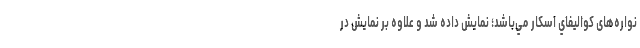
نواره‌هاى كواليفاي اسكار مي‌باشد؛ نمايش داده شد و علاوه بر نمايش در